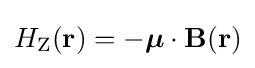
H_{\rm {Z}}({\bf {r}})=-{\boldsymbol {\mu }}\cdot \mathbf {B} (\mathbf {r} )